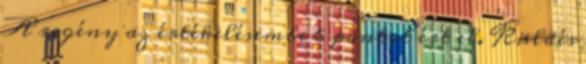
A regény az értékelésembe 6 pontot ért el. Küldés